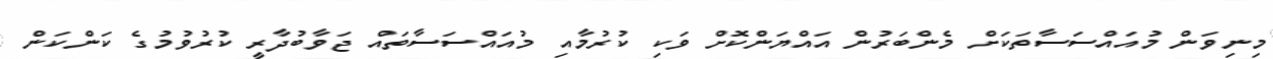
މިނިވަން މުއައްސަސާތަކަށް މެންބަރުން އައްޔަންކޮށް ވަކި ކުރުމާއި މުއައްސަސާތައް ޖަވާބުދާރީ ކުރުވުމުގެ ކަންކަން